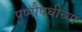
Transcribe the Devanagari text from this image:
पुष्पौषधीच्या